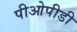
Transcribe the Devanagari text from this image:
पीओपीडी